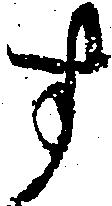
す